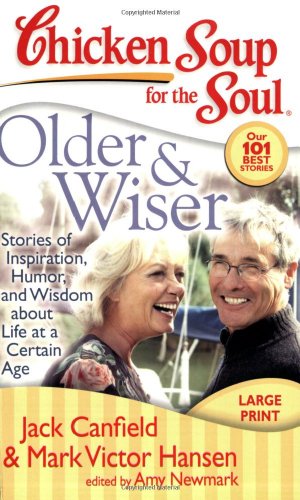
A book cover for Chicken Soup for the Soul: Older & Wiser: Stories of Inspiration, Humor, and Wisdom about Life at a Certain Age; Jack Canfield; Humor & Entertainment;